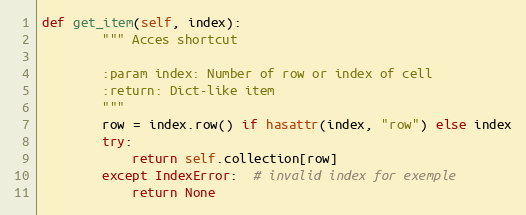
Language: Python
def get_item(self, index):
        """ Acces shortcut

        :param index: Number of row or index of cell
        :return: Dict-like item
        """
        row = index.row() if hasattr(index, "row") else index
        try:
            return self.collection[row]
        except IndexError:  # invalid index for exemple
            return None